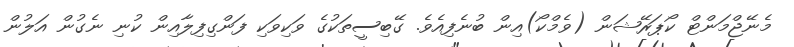
މެނޭޖްމަންޓް ކޯޕަރޭޝަން (ވެމްކޯ)އިން ބުނެފިއެވެ. ގޭބިސީތަކުގެ ވަކިވަކި ފަންގިފިލާއިން ކުނި ނެގުން އަލުން